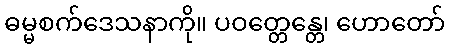
ဓမ္မစက်ဒေသနာကို။ ပဝတ္တေန္တေ၊ ဟောတော်